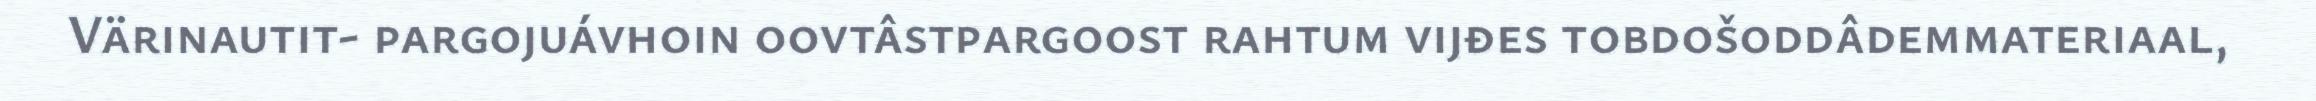
Värinautit- pargojuávhoin oovtâstpargoost rahtum vijđes tobdošoddâdemmateriaal,